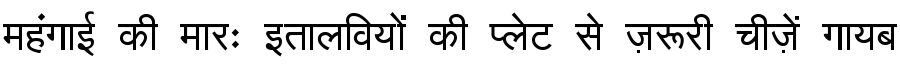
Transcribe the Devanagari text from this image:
महंगाई की मारः इतालवियों की प्लेट से ज़रूरी चीज़ें गायब